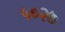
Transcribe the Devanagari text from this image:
५०२७